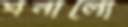
ঘনালো